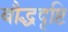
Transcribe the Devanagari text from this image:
बौद्धदृष्टि